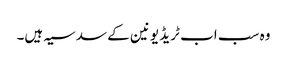
وہ سب اب ٹریڈ یونین کے سدسیہ ہیں۔